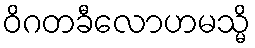
ဝိဂတခီလောဟမသ္မိ